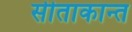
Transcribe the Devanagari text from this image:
सीताकान्त